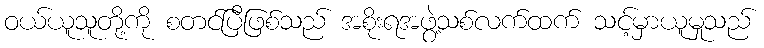
ဝယ်ယူသူတို့ကို စတင်ပြီဖြစ်သည် အစိုးရအဖွဲ့သစ်လက်ထက် သင့်မှာယူမှုသည်